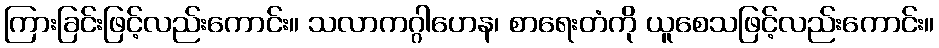
ကြားခြင်းဖြင့်လည်းကောင်း။ သလာကဂ္ဂါဟေန၊ စာရေးတံကို ယူစေသဖြင့်လည်းကောင်း။